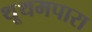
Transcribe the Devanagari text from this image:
थूथमपारा